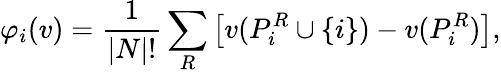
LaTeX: \varphi_{i}(v)={\frac{1}{|N|!}}\sum_{R}\left[v(P_{i}^{R}\cup\left\{ i\right\} )-v(P_{i}^{R})\right],